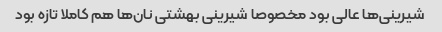
شیرینی‌ها عالی بود مخصوصا شیرینی بهشتی نان‌ها هم کاملا تازه بود